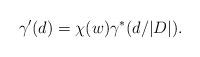
LaTeX: \begin{align*} \gamma'(d)=\chi(w)\gamma^*(d/|D|).\end{align*}